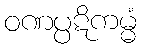
ဝဏပ္ပဋိကမ္မံ